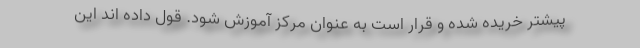
پیشتر خریده شده و قرار است به عنوان مرکز آموزش شود. قول داده اند این